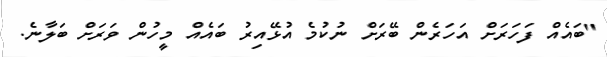
"ބައެއް ފަހަރަށް އަހަރެން ބޭރަށް ނުކުމެ އުޅޭއިރު ބައެއް މީހުން ވަރަށް ބަލާނެ.